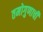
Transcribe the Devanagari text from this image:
तमोगुणाची